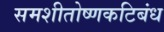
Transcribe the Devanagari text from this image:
समशीतोष्णकटिबंध